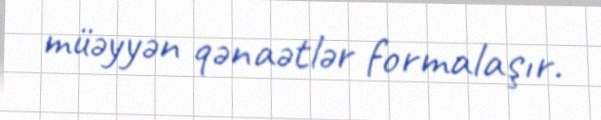
müəyyən qənaətlər formalaşır.